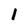
Character: I